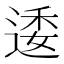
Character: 逶